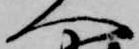
へ